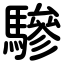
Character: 驂